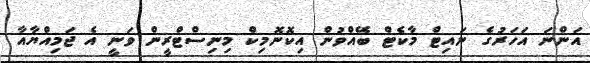
އަންނަ އަހަރުގެ ނައިޓް މާކެޓް ބޭއްވުން އިކޮނޮމިކް މިނިސްޓްރީން ވަނީ އެ ޖަމިއްޔާއާ